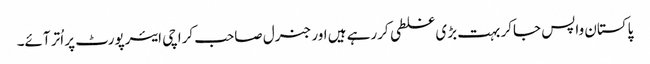
پاکستان واپس جاکر بہت بڑی غلطی کررہے ہیں اور جنرل صاحب کراچی ایئرپورٹ پر اُتر آئے۔